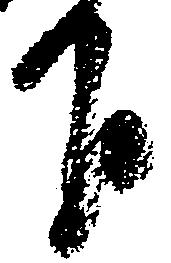
下